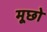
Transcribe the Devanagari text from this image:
मूछो